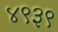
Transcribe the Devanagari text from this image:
४९३९